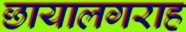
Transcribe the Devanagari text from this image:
छायालगराह